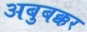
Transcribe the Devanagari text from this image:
अबुबक्कर